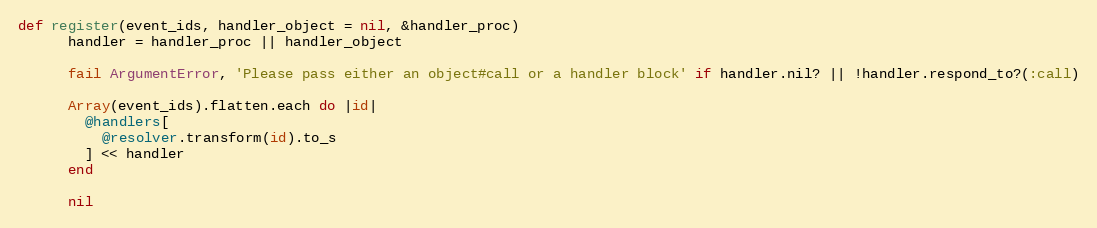
Language: Ruby
def register(event_ids, handler_object = nil, &handler_proc)
      handler = handler_proc || handler_object

      fail ArgumentError, 'Please pass either an object#call or a handler block' if handler.nil? || !handler.respond_to?(:call)

      Array(event_ids).flatten.each do |id|
        @handlers[
          @resolver.transform(id).to_s
        ] << handler
      end

      nil